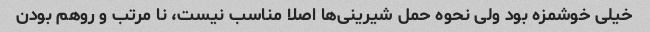
خیلی خوشمزه بود ولی نحوه حمل شیرینی‌ها اصلا مناسب نیست، نا مرتب و روهم بودن